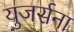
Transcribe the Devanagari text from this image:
युजर्सना